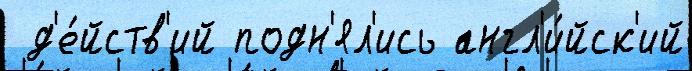
 д'е́йств'ий подн'ял'ись англ'и́йск'ий